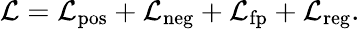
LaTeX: \mathcal{L}=\mathcal{L}_{\mathrm{{pos}}}+\mathcal{L}_{\mathrm{{neg}}}+\mathcal{L}_{\mathrm{{fp}}}+\mathcal{L}_{\mathrm{{reg}}}.